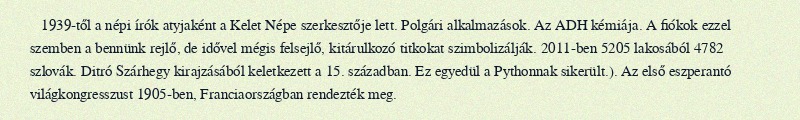
1939-től a népi írók atyjaként a Kelet Népe szerkesztője lett. Polgári alkalmazások. Az ADH kémiája. A fiókok ezzel szemben a bennünk rejlő, de idővel mégis felsejlő, kitárulkozó titkokat szimbolizálják. 2011-ben 5205 lakosából 4782 szlovák. Ditró Szárhegy kirajzásából keletkezett a 15. században. Ez egyedül a Pythonnak sikerült.). Az első eszperantó világkongresszust 1905-ben, Franciaországban rendezték meg.